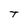
Character: T